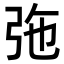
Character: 㢮